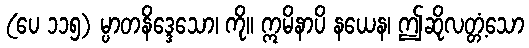
(ပေ ၁၁၅) မ္ပာတနိဒ္ဒေသော၊ ကို။ ဣမိနာပိ နယေန၊ ဤဆိုလတ္တံ့သော